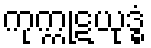
ကုက္ကုဋယုဒ္ဓံ